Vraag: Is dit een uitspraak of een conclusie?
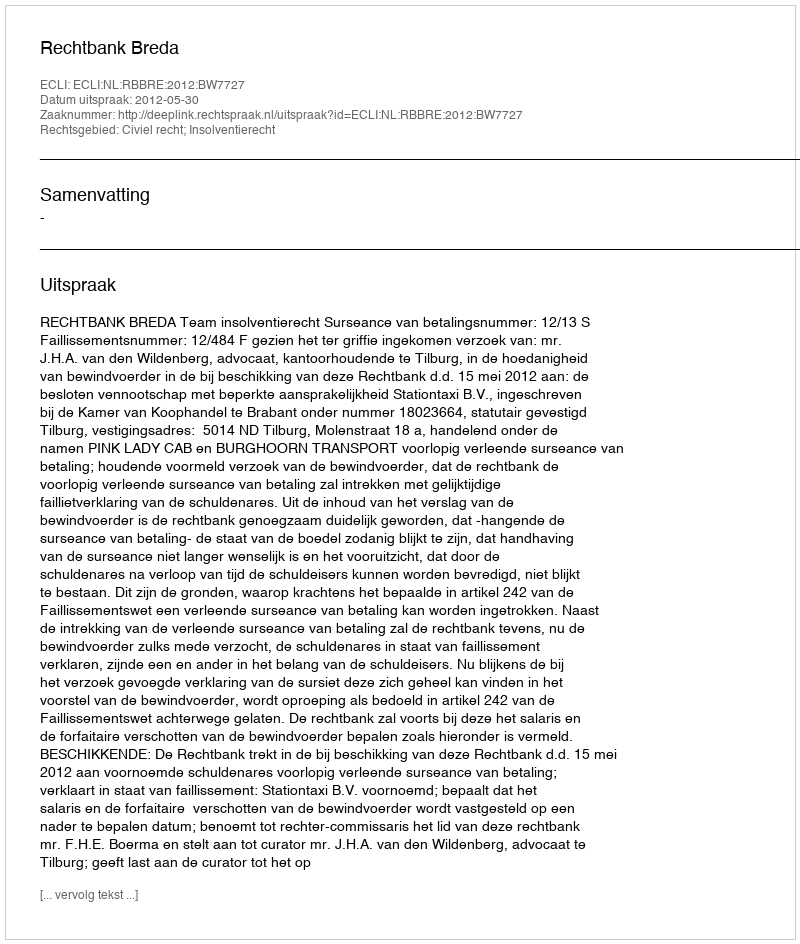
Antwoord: Uitspraak